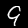
Digit: 9